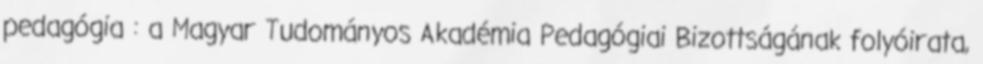
pedagógia : a Magyar Tudományos Akadémia Pedagógiai Bizottságának folyóirata,